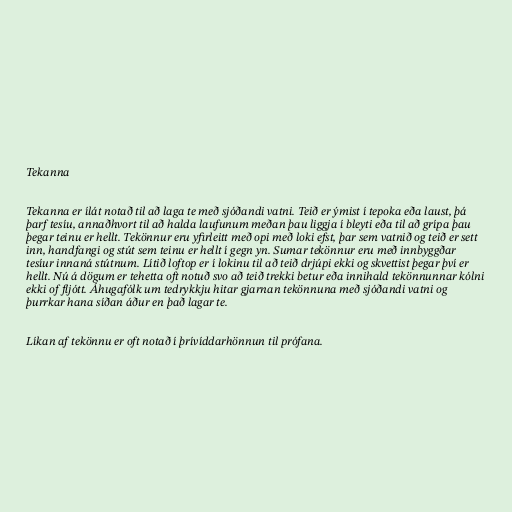
Tekanna

Tekanna er ílát notað til að laga te með sjóðandi vatni. Teið er ýmist í tepoka eða laust, þá
þarf tesíu, annaðhvort til að halda laufunum meðan þau liggja í bleyti eða til að grípa þau
þegar teinu er hellt. Tekönnur eru yfirleitt með opi með loki efst, þar sem vatnið og teið er sett
inn, handfangi og stút sem teinu er hellt í gegn yn. Sumar tekönnur eru með innbyggðar
tesíur innaná stútnum. Lítið loftop er í lokinu til að teið drjúpi ekki og skvettist þegar því er
hellt. Nú á dögum er tehetta oft notuð svo að teið trekki betur eða innihald tekönnunnar kólni
ekki of fljótt. Áhugafólk um tedrykkju hitar gjarnan tekönnuna með sjóðandi vatni og
þurrkar hana síðan áður en það lagar te.

Líkan af tekönnu er oft notað í þrívíddarhönnun til prófana.